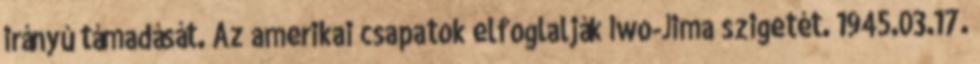
irányú támadását. Az amerikai csapatok elfoglalják Iwo-Jima szigetét. 1945.03.17.